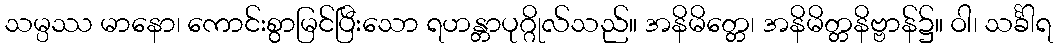
သမ္ပဿ မာနော၊ ကောင်းစွာမြင်ပြီးသော ရဟန္တာပုဂ္ဂိုလ်သည်။ အနိမိတ္တေ၊ အနိမိတ္တနိဗ္ဗာန်၌။ ဝါ၊ သင်္ခါရ